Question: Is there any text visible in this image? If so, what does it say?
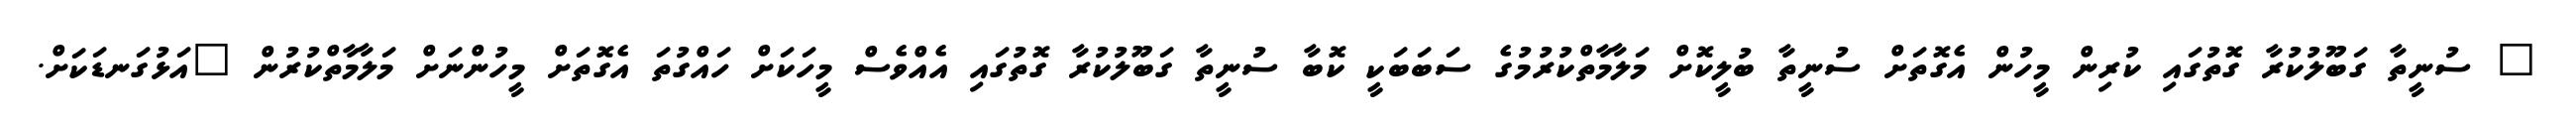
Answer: " ސުނީތާ ގަބޫލުކުރާ ގޮތުގައި ކުރިން މީހުން އެގޮތަށް ސުނީތާ ބުލީކޮށް މަލާމާތްކުރުމުގެ ސަބަބަކީ ކޮބާ ސުނީތާ ގަބޫލުކުރާ ގޮތުގައި އެއްވެސް މީހަކަށް ހައްގުތަ އެގޮތަށް މީހުންނަށް މަލާމާތްކުރުން "އަޅުގަނޑަކަށް.